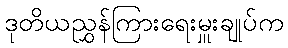
ဒုတိယညွှန်ကြားရေးမှူးချုပ်က